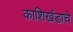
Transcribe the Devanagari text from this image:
काशिखंडाचे